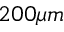
2 0 0 \mu m